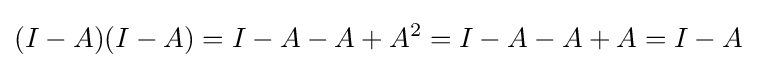
(I-A)(I-A)=I-A-A+A^{2}=I-A-A+A=I-A